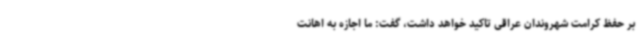
بر حفظ کرامت شهروندان عراقی تاکید خواهد داشت، گفت: ما اجازه به اهانت